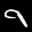
Label: 9